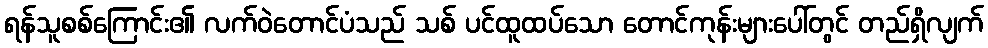
ရန်သူစစ်ကြောင်း၏ လက်ဝဲတောင်ပံသည် သစ် ပင်ထူထပ်သော တောင်ကုန်းများပေါ်တွင် တည်ရှိလျက်